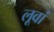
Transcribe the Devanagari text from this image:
लूवां